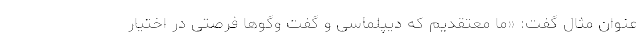
عنوان مثال گفت: «ما معتقدیم که دیپلماسی و گفت وگوها فرصتی در اختیار